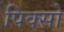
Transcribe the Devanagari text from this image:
पिक्सो